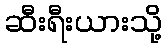
ဆီးရီးယားသို့